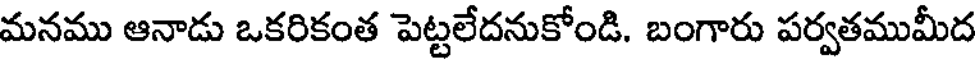
మనము ఆనాడు ఒకరికంత పెట్టలేదనుకోండి. బంగారు పర్వతముమీద